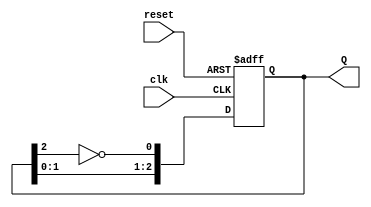
module N_bit_Johnson_Counter #(parameter N = 3) (
    input wire clk,          // Clock signal
    input wire reset,        // Asynchronous reset signal
    output reg [N-1:0] Q    // Output state of the counter
);

// Internal signal for feedback
wire fb;

// Invert the last flip-flop output for feedback
assign fb = ~Q[N-1];

always @(posedge clk or posedge reset) begin
    if (reset) begin
        Q <= 0; // Reset all flip-flops to 0
    end else begin
        // Shift the values and feedback the inverted last output
        Q <= {Q[N-2:0], fb};
    end
end

endmodule